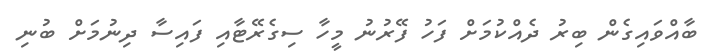
ބާއްވައިގެން ބިރު ދެއްކުމަށް ފަހު ފޭރުނު މީހާ ސިގެރޭޓާއި ފައިސާ ދިނުމަށް ބުނި